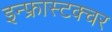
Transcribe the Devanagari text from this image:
इन्फ्रास्टक्चर